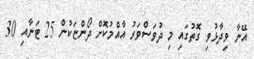
އޭނާ ވިދާޅުވި ގޮތުގައި މި ދުވަސްވަރު އާއްމުކޮށް ދޯންޏަކުން 25 ޓަނާއި 30